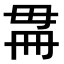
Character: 𣫳